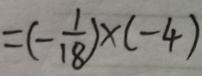
= ( - \frac { 1 } { 1 8 } ) \times ( - 4 )